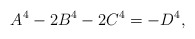
\begin{align*}A^4-2B^4-2C^4=-D^4,\end{align*}